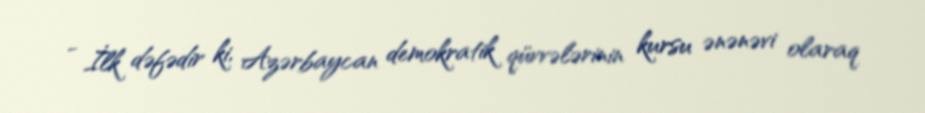
- İlk dəfədir ki, Azərbaycan demokratik qüvvələrinin kursu ənənəvi olaraq